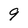
Character: 9